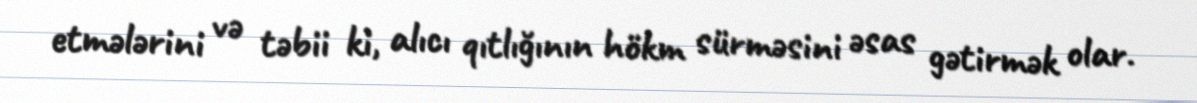
etmələrini və təbii ki, alıcı qıtlığının hökm sürməsini əsas gətirmək olar.